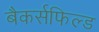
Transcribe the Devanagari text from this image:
बैकर्सफिल्ड